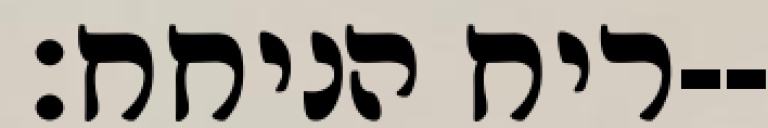
ריח הניחח׃--